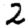
Digit: 2